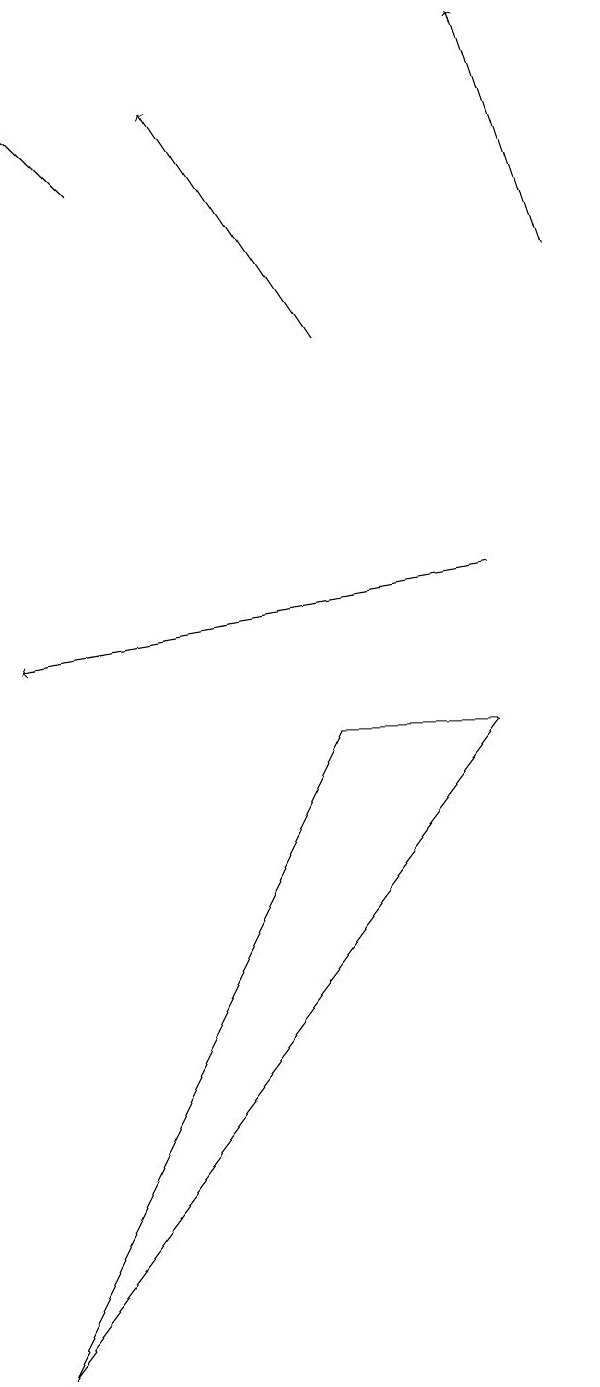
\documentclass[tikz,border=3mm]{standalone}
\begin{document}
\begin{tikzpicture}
\draw[->] (9,15) -- (8,18);
\draw[->] (8,11) -- (2,10);
\draw (6,9) -- (8,9) -- (2,1) -- cycle;
\draw[->] (6,14) -- (4,17);
\draw[->] (3,16) -- (2,17);
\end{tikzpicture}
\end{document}